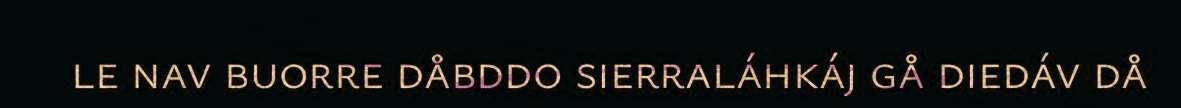
le nav buorre dåbddo sierraláhkáj gå diedáv då